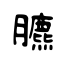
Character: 臕